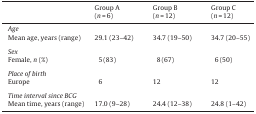
|  | Group A(n = 6) | Group B(n = 12) | Group C(n = 12) |
 | --- | --- | --- | --- |
 | <COLSPAN=4> Age |
 | Mean age, years (range) | 29.1 (23–42) | 34.7 (19–50) | 34.7 (20–55) |
 | <COLSPAN=4>  |
 | <COLSPAN=4> Sex |
 | Female, n (%) | 5 (83) | 8 (67) | 6 (50) |
 | <COLSPAN=4>  |
 | <COLSPAN=4> Place of birth |
 | Europe | 6 | 12 | 12 |
 | <COLSPAN=4>  |
 | <COLSPAN=4> Time interval since BCG |
 | Mean time, years (range) | 17.0 (9–28) | 24.4 (12–38) | 24.8 (1–42) |